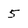
Character: 5